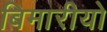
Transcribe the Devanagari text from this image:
बिमारीयो